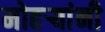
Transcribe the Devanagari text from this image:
मोहऱ्यांनी